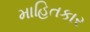
માહિતકાર